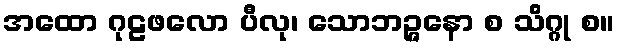
အထော ဂုဠဖလော ပီလု၊ သောဘဉ္ဇနော စ သိဂ္ဂု စ။